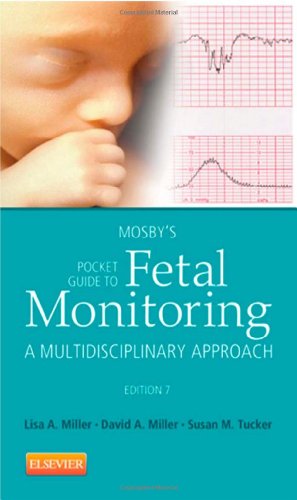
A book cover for Mosby's Pocket Guide to Fetal Monitoring: A Multidisciplinary Approach, 7e (Nursing Pocket Guides); Lisa A. Miller CNM  JD; Medical Books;